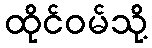
ထိုင်ဝမ်သို့